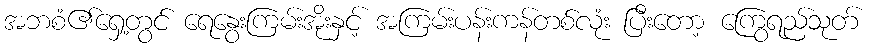
အဘစံ၏ရှေ့တွင် ရေနွေးကြမ်းအိုးနှင့် အကြမ်းပန်းကန်တစ်လုံး ပြီးတော့ ကြွေရည်သုတ်